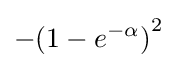
-{(1-e^{-\alpha })}^{2}